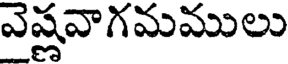
వెష్ణవాగమములు